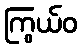
ကြွယ်ဝ